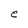
Character: e